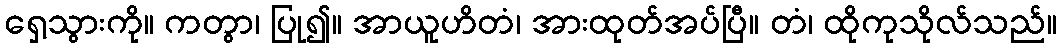
ရှေ့သွားကို။ ကတွာ၊ ပြု၍။ အာယူဟိတံ၊ အားထုတ်အပ်ပြီ။ တံ၊ ထိုကုသိုလ်သည်။